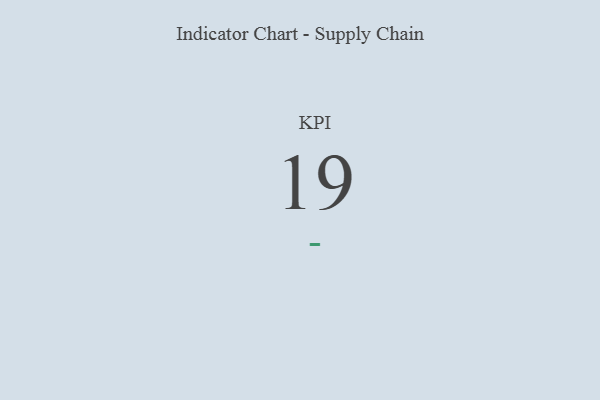
{"axis": {"x": "KPI", "y": "Value"}, "legend": [""], "data": [{"x": "KPI", "y": 19, "type": ""}]}